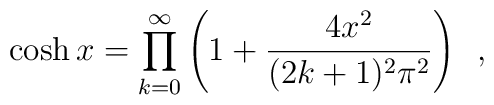
\cosh x = \prod_{k=0}^{\infty} \left(1 + \frac{4 x^2}{(2 k+1)^2 \pi^2}\right) \,\,\, ,